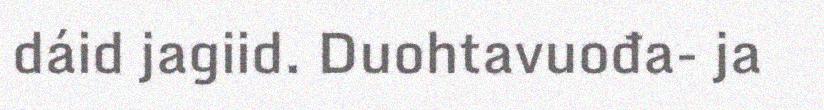
dáid jagiid. Duohtavuođa- ja